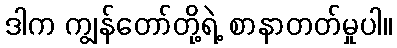
ဒါက ကျွန်တော်တို့ရဲ့ စာနာတတ်မှုပါ။